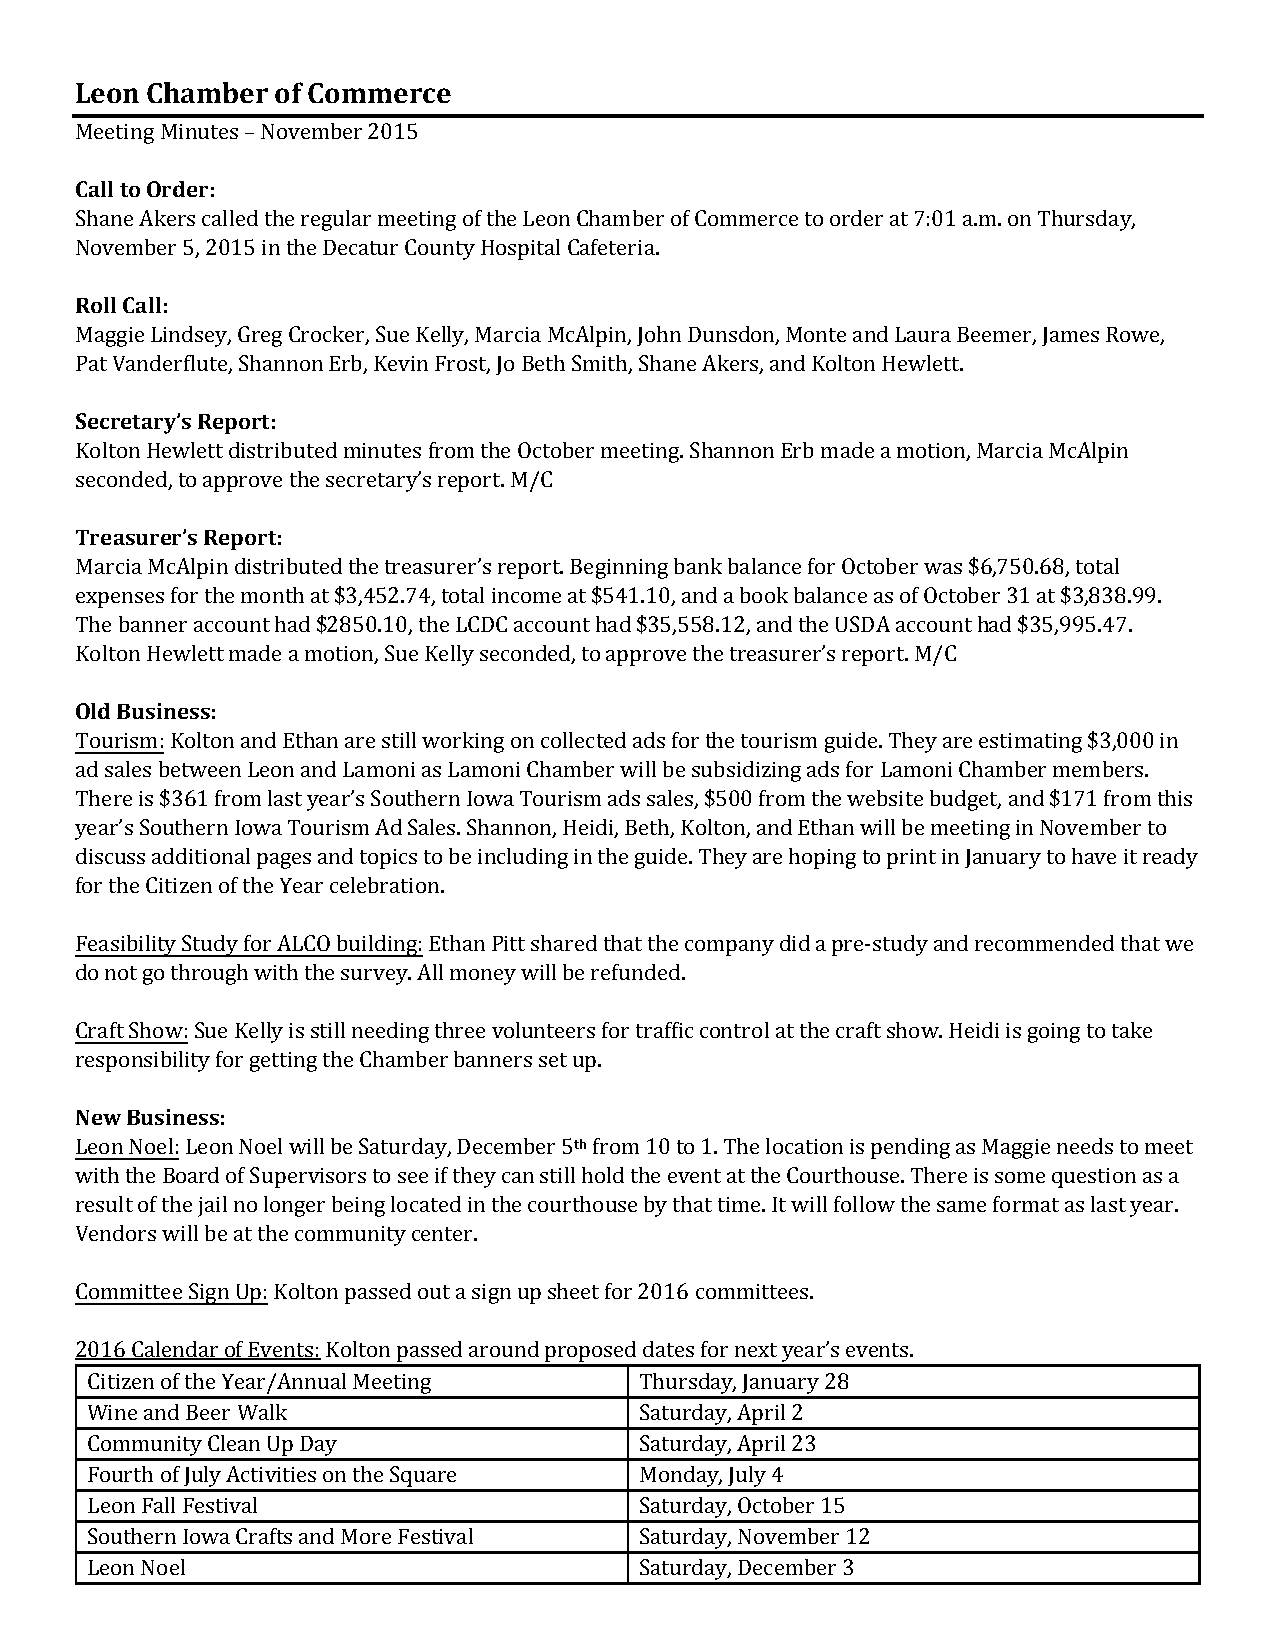
Leon Chamber of Commerce
 Meeting Minutes – November 2015
 Call to Order:
 Shane Akers called the regular meeting of the Leon Chamber of Commerce to order at 7:01 a.m. on Thursday,
 November 5, 2015 in the Decatur County Hospital Cafeteria.
 Roll Call:
 Maggie Lindsey, Greg Crocker, Sue Kelly, Marcia McAlpin, John Dunsdon, Monte and Laura Beemer, James Rowe,
 Pat Vanderflute, Shannon Erb, Kevin Frost, Jo Beth Smith, Shane Akers, and Kolton Hewlett.
 Secretary’s Report:
 Kolton Hewlett distributed minutes from the October meeting. Shannon Erb made a motion, Marcia McAlpin
 seconded, to approve the secretary’s report. M/C
 Treasurer’s Report:
 Marcia McAlpin distributed the treasurer’s report. Beginning bank balance for October was $6,750.68, total
 expenses for the month at $3,452.74, total income at $541.10, and a book balance as of October 31 at $3,838.99.
 The banner account had $2850.10, the LCDC account had $35,558.12, and the USDA account had $35,995.47.
 Kolton Hewlett made a motion, Sue Kelly seconded, to approve the treasurer’s report. M/C
 Old Business:
 Tourism: Kolton and Ethan are still working on collected ads for the tourism guide. They are estimating $3,000 in
 ad sales between Leon and Lamoni as Lamoni Chamber will be subsidizing ads for Lamoni Chamber members.
 There is $361 from last year’s Southern Iowa Tourism ads sales, $500 from the website budget, and $171 from this
 year’s Southern Iowa Tourism Ad Sales. Shannon, Heidi, Beth, Kolton, and Ethan will be meeting in November to
 discuss additional pages and topics to be including in the guide. They are hoping to print in January to have it ready
 for the Citizen of the Year celebration.
 Feasibility Study for ALCO building: Ethan Pitt shared that the company did a pre-study and recommended that we
 do not go through with the survey. All money will be refunded.
 Craft Show: Sue Kelly is still needing three volunteers for traffic control at the craft show. Heidi is going to take
 responsibility for getting the Chamber banners set up.
 New Business:
 Leon Noel: Leon Noel will be Saturday, December 5th from 10 to 1. The location is pending as Maggie needs to meet
 with the Board of Supervisors to see if they can still hold the event at the Courthouse. There is some question as a
 result of the jail no longer being located in the courthouse by that time. It will follow the same format as last year.
 Vendors will be at the community center.
 Committee Sign Up: Kolton passe out a sign up sheet for 2016 committees.
 d
 2016 Calendar of Events: Kolton passed around proposed dates for next year’s events.
 Citizen of the Year/Annual Meeting  Thursday, January 28
 Wine and Beer Walk                  Saturday, April 2
 Community Clean Up Day              Saturday, April 23
 Fourth of July Activities on the Square Monday, July 4
 Leon Fall Festival                  Saturday, October 15
 Southern Iowa Crafts and More Festival Saturday, November 12
 Leon Noel                           Saturday, December 3